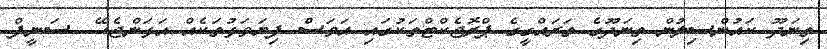
ތިނަދޫ ކައުންސިލުން ތިނަދޫގެ ތަރައްގީގެ ޕްރޮޖެކްޓްތަކުގައި އަވަސް ފިޔަވަޅުތަކެއް އަޅަންޖެހޭ  ސަނީފް